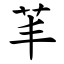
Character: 䒠